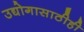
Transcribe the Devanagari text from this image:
उद्योगासाठीही